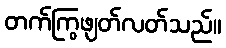
တက်ကြွဖျတ်လတ်သည်။